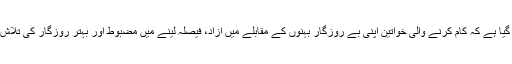
منریگا کی خواتین مزدوروں کے ایک سروے میں پایا گیا ہے کہ کام کرنے والی خواتین اپنی بے روزگار بہنوں کے مقابلے میں آزاد، فیصلہ لینے میں مضبوط اور بہتر روزگار کی تلاش میں باہر جانے کے لیے کہیں زیادہ پرجوش ہوتی ہیں۔